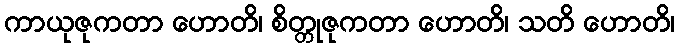
ကာယုဇုကတာ ဟောတိ၊ စိတ္တုဇုကတာ ဟောတိ၊ သတိ ဟောတိ၊